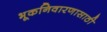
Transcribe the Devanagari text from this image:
भूकनिवारणासाठी